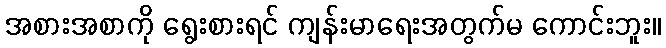
အစားအစာကို ရွေးစားရင် ကျန်းမာရေးအတွက်မ ကောင်းဘူး။